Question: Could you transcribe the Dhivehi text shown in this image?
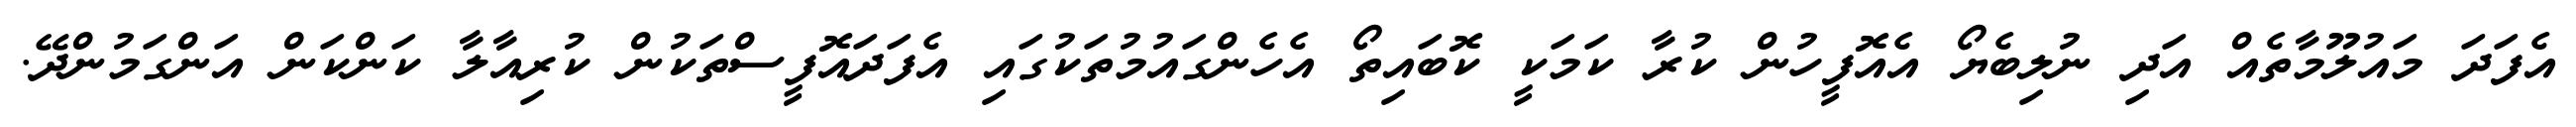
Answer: އެފަދަ މައުލޫމާތެއް އަދި ނުލިބެޔޯ އެއޮފީހުން ކުރާ ކަމަކީ ކޮބައިތޯ އެހެންގައުމުތަކުގައި އެފަދައޮފީސްތަކުން ކުރިއާލާ ކަންކަން އަންގަމުންދޭ.